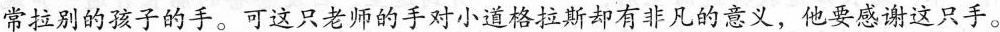
常拉别的孩子的手。可这只老师的手对小道格拉斯却有非凡的意义，他要感谢这只手。